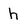
Character: h